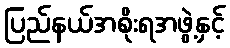
ပြည်နယ်အစိုးရအဖွဲ့နှင့်